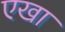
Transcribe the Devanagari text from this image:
एखा